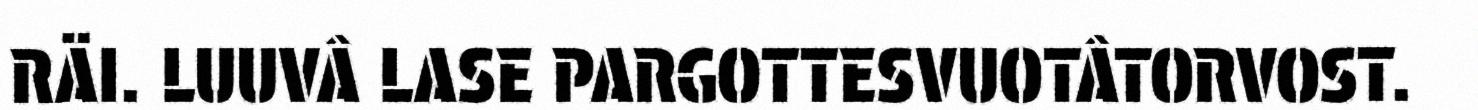
RÄI. LUUVÂ LASE PARGOTTESVUOTÂTORVOST.